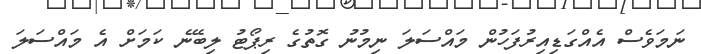
ނަމަވެސް އެއްގަޑިއިރުފަހުން މައްސަލަ ނިމުނު ގޮތުގެ ރިޕޯޓު ލިބޭނެ ކަމަށް އެ މައްސަލަ